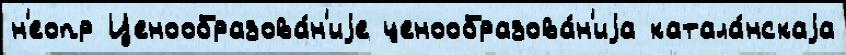
н'еопр Ценообразова́н'иjе ценообразова́н'иjа катала́нскаjа